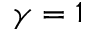
\gamma = 1